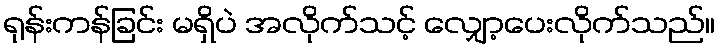
ရုန်းကန်ခြင်း မရှိပဲ အလိုက်သင့် လျှော့ပေးလိုက်သည်။